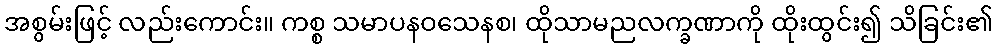
အစွမ်းဖြင့် လည်းကောင်း။ ကစ္စ သမာပနဝသေနစ၊ ထိုသာမညလက္ခဏာကို ထိုးထွင်း၍ သိခြင်း၏